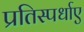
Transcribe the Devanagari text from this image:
प्रतिस्पर्धाए